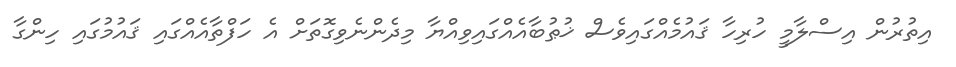
އިތުރުން އިސްލާމީ ހުރިހާ ޤައުމެއްގައިވެސް ޚުޠުބާއެއްގައިވިއްޔާ މިދެންނެވިގޮތަށް އެ ހަފްތާއެއްގައި ޤައުމުގައި ހިންގާ